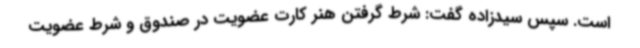
است. سپس سیدزاده گفت: شرط گرفتن هنر کارت عضویت در صندوق و شرط عضویت